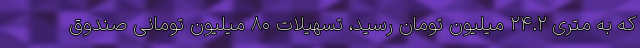
که به متری ۲۴.۲ میلیون تومان رسید، تسهیلات ۸۰ میلیون تومانی صندوق